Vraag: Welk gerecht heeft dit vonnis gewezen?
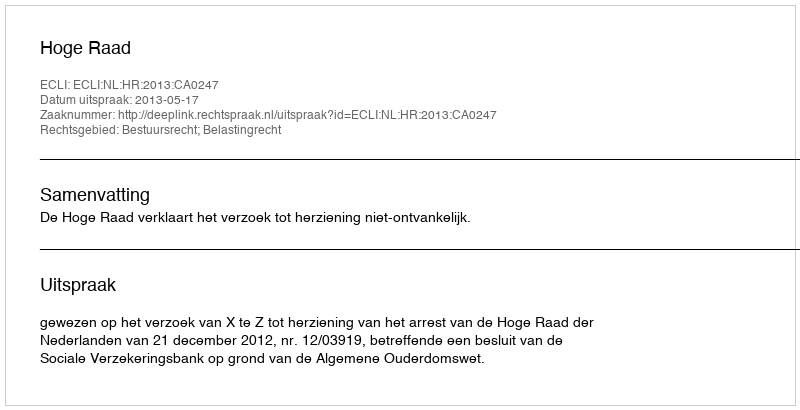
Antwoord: Hoge Raad